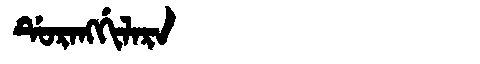
Manchu: ᡩᡠᡵᠠᠩᡤᡳᠯᠠᡵᠠ
Romanization: DURANGGILARA